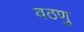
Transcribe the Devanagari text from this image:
वठणु